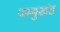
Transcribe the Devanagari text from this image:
जम्बुखंड